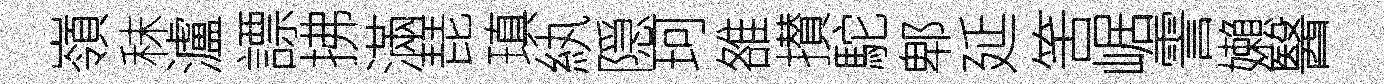
嶺秣瀘謤拂滿琵瑱紈隠珂雒攅駝郫延筈崌霅嬾醫